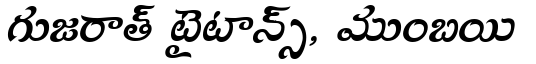
గుజరాత్ టైటాన్స్, ముంబయి